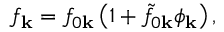
f _ { \mathbf { k } } = f _ { 0 \mathbf { k } } \left( 1 + \tilde { f } _ { 0 \mathbf { k } } \phi _ { \mathbf { k } } \right) ,